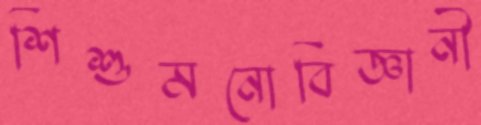
শিশুমনোবিজ্ঞানী